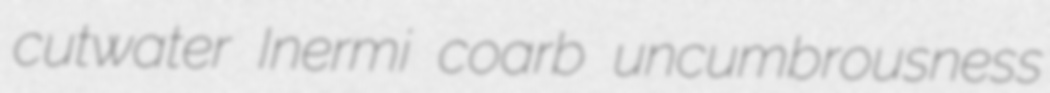
cutwater Inermi coarb uncumbrousness